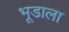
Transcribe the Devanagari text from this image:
भूडाला